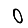
Digit: 0